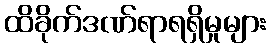
ထိခိုက်ဒဏ်ရာရရှိမှုများ